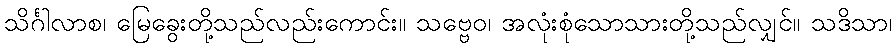
သိင်္ဂါလာစ၊ မြေခွေးတို့သည်လည်းကောင်း။ သဗ္ဗေဝ၊ အလုံးစုံသောသားတို့သည်လျှင်။ သဒိသာ၊